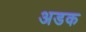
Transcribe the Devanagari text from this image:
अडक